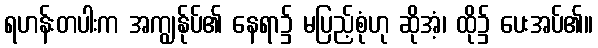
ရဟန်းတပါးက အကျွန်ုပ်၏ နေရာ၌ မပြည့်စုံဟု ဆိုအံ့၊ ထို၌ ပေးအပ်၏။